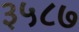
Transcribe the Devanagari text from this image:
३५८७